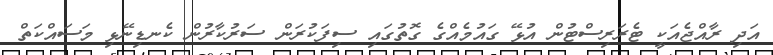
އަދި ރާއްޖެއަކީ ޓެރަރިސްޓުން އުޅޭ ގައުމެއްގެ ގޮތުގައި ސިފަކުރަން ސަރުކާރުން ކެނޑިނޭޅި މަސައްކަތް